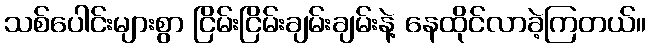
သစ်ပေါင်းများစွာ ငြိမ်းငြိမ်းချမ်းချမ်းနဲ့ နေထိုင်လာခဲ့ကြတယ်။